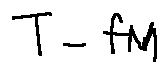
T - f M